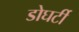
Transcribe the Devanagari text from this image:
डोघर्टी